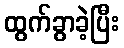
ထွက်ခွာခဲ့ပြီး